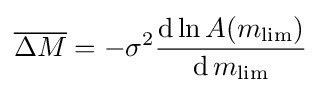
{\overline {\Delta M}}=-\sigma ^{2}{\frac {\operatorname {d} \ln A(m_{\lim })}{\operatorname {d} m_{\lim }}}